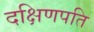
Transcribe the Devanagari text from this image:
दक्षिणपति